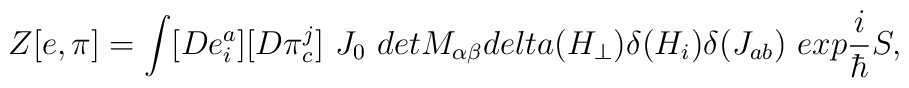
Z[e,\pi ]=\int [De_{i}^{a}][D\pi _{c}^{j}]\ J_{0}\ detM_{\alpha \beta }\\delta (H_{\perp })\delta (H_{i})\delta (J_{ab})\ exp\frac{i}{\hbar }S,